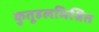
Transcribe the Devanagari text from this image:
कुतूहलमिश्रित